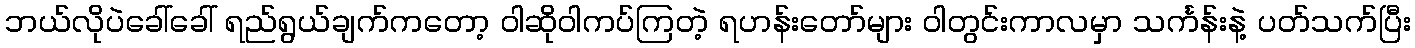
ဘယ်လိုပဲခေါ်ခေါ် ရည်ရွယ်ချက်ကတော့ ဝါဆိုဝါကပ်ကြတဲ့ ရဟန်းတော်များ ဝါတွင်းကာလမှာ သင်္ကန်းနဲ့ ပတ်သက်ပြီး